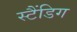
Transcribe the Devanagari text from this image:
स्टैंडिग